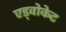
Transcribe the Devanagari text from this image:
एड्वोकेट